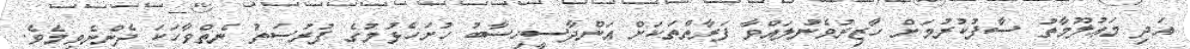
އަދި މަޢުލޫމާތު ސާފުކުރުމަށް ހާޒިރުވެނުލައްވާ ފަރާތްތަކަށް އަންދާސީހިސާބު ހުށަހެޅުމުގެ ފުރުޞަތު ނެތްވާހަކަ ދެންނެވީމެވެ.